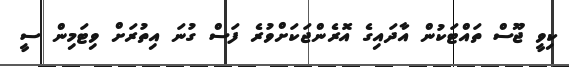
ކިވީ ޖޫސް ތައްޓަކުން އާދައިގެ އޮރެންޖަކަށްވުރެ ފަސް ގުނަ އިތުރަށް ވިޓަމިން ސީ